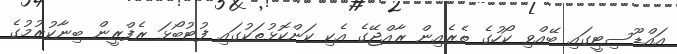
އައްޑޫސިޓީގައި ބޭއްވި ކޯހުގެ ތެރެއިން ރާއްޖޭގެ އެކި ކަންކޮޅުތަކުގައި ފުޓުބޯޅަ ރެފްރީން ބިނާކުރުމުގެ